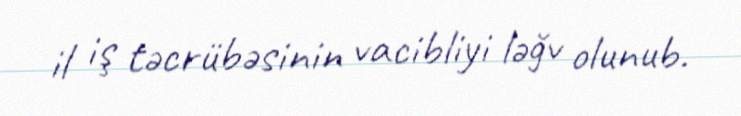
il iş təcrübəsinin vacibliyi ləğv olunub.